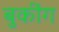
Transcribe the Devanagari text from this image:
बुकींग